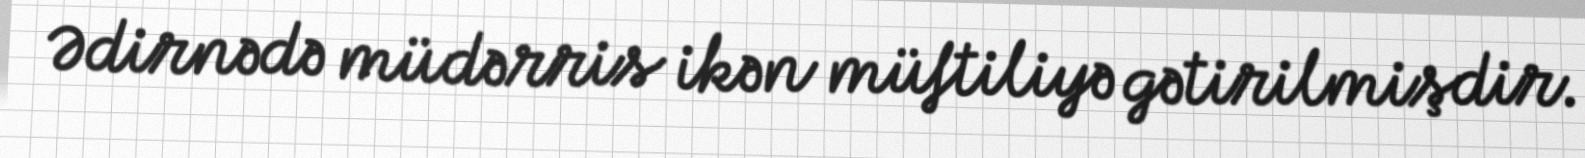
Ədirnədə müdərris ikən müftiliyə gətirilmişdir.